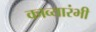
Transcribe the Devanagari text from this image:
काव्यारंभी